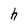
Character: h